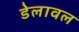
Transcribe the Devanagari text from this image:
डेलावल